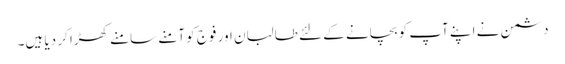
دشمن نے اپنے آپ کو بچانے کے لئے طالبان اور فوج کو آمنے سامنے کھڑا کر دیا ہیں۔